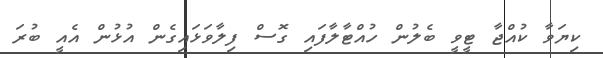
ކިޔަވާ ކުއްޖާ ޓީވީ ބެލުން ހުއްޓާލާފައި ގޮސް ފިލާވަޅައިގެން އުޅުން އެއީ ބުރަ